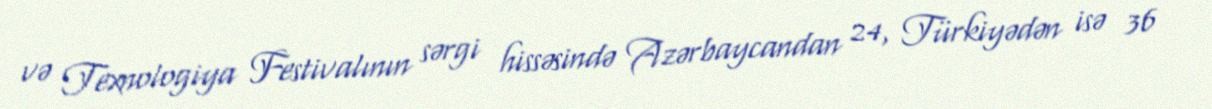
və Texnologiya Festivalının sərgi hissəsində Azərbaycandan 24, Türkiyədən isə 36